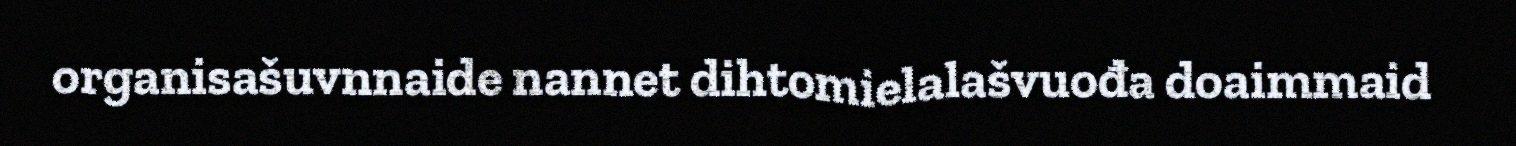
organisašuvnnaide nannet dihtomielalašvuođa doaimmaid